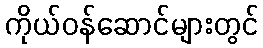
ကိုယ်ဝန်ဆောင်များတွင်